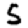
Digit: 5